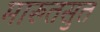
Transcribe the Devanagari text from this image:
मारुतसुत